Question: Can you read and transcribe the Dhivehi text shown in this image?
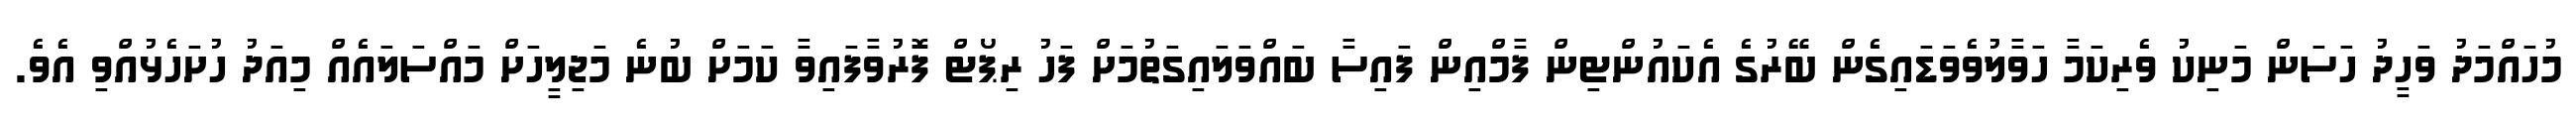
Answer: މުހައްމަދު ވަހީދު ހަސަން މަނިކު ވެރިކަމާ ހަވާލުވެވަޑައިގެން ބޭރުގެ އެކައުންޓިން ފާމްއިން ފައިސާ ބައްވަލައިގަތުމަށް ފަހު ރިޕޯޓް ފޮރުވާފައިވާ ކަމަށް ބުނެ މަޖިލީހަށް މައްސަލައެއް މިއަދު ހުށަހެޅުއްވި އެވެ.